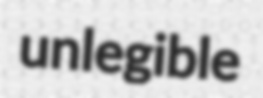
unlegible